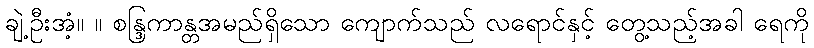
ချဲ့ဦးအံ့။ ။ စန္ဒြကာန္တအမည်ရှိသော ကျောက်သည် လရောင်နှင့် တွေ့သည့်အခါ ရေကို